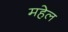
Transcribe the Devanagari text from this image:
महेल